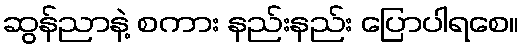
ဆွန်ညာနဲ့ စကား နည်းနည်း ပြောပါရစေ။